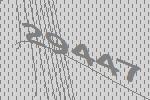
29447